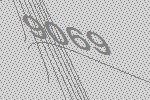
9069